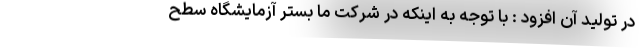
در تولید آن افزود : با توجه به اینکه در شرکت ما بستر آزمایشگاه سطح